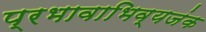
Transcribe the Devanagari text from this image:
प्रभावाभिव्यजंक